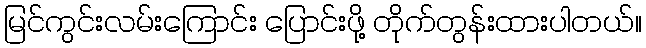
မြင်ကွင်းလမ်းကြောင်း ပြောင်းဖို့ တိုက်တွန်းထားပါတယ်။